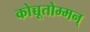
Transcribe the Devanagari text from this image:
कोच्चूतोम्मन्